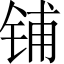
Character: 铺